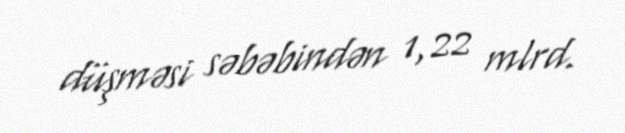
düşməsi səbəbindən 1,22 mlrd.